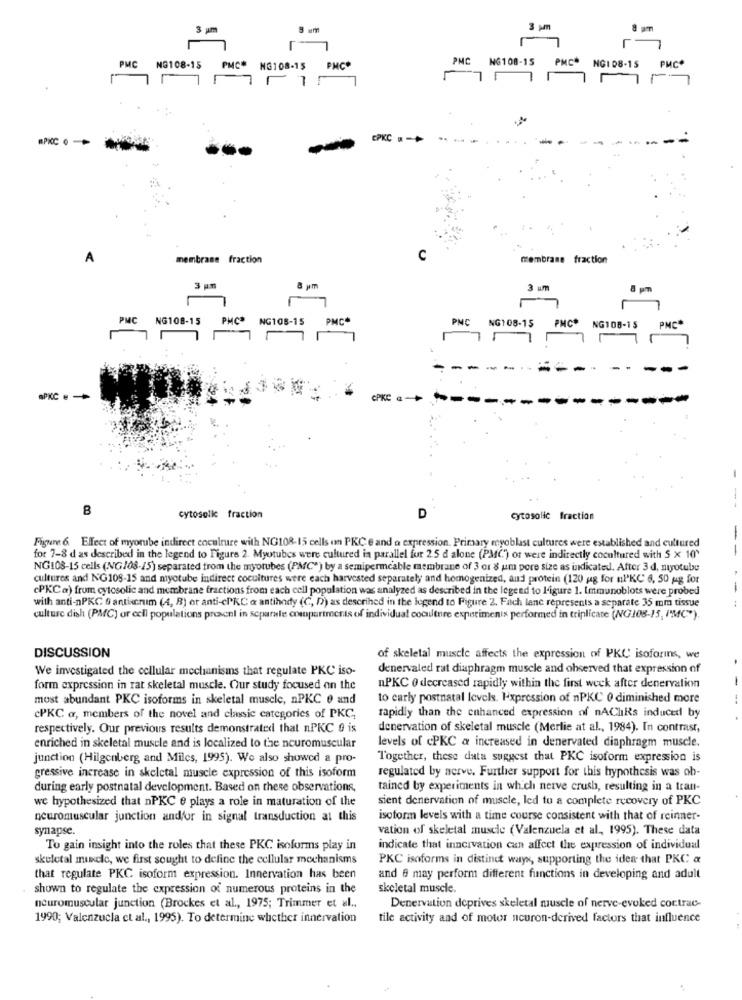
8 um
8 pm
3 pm
r
PMC NG108-15
PMC* NG108-15
PMC*
PMC NG108-15 PMC" NG108-15 PMC*
111111
--
A
membrane fraction
C
membrane fraction
3 pm
3 um
8 pm
PMC NG108-15
PMC" NG108-15
PMC*
PNC
NG108-15
PMC*
NG108-15
PNC
CPKC a-
B
cytosolle fraction
D
cytosolic fraction
Figure 6 Effect of myorube indirect coculture with NG108-15 cells un PKC e and a expression. Primary meyoblast cultures were established and cultured
--
for 7-8 d as described in the legend to Figure 2. Myotubes were cultured in parallel for 2.5 d alone (PMC) of were indirectly cocultured with 5 x 10'
NG108-15 cells (NG/08-15) separated from the myotubes (PMC") by a semipermeable membrane of 3 or 8 um pore size as indicated. After 3 d, miyutube
cultures and NG108-15 and myotube indirect cocuitures were each harvested separately and homogenized, aud protein (120 ug for nPKC 6, 50 ug for
cPKC a) from cytosolic and membrane fractions from each cell population was analyzed as described in the legend to l'igure 1. Immunoblots were probed
-
with anti-nPKC 6 antiscrum (4, 8) or anti-clKC a antihody (C, D) as described in the legend to Figure 2. Fach lanc represents a separate 35 mm tissue
culture dish (PMC) or cell populations present in separate compartments of individual coculture experimenis performed in triplicate (NG108-15, I'MC").
DISCUSSION
of skeletal muscle affects the expression of PKC isoforins, we
We investigated the cellular mechanisms that regulate PKC iso-
denervaled rat diaphragm muscle and observed that expression of
form expression in rat skeletal muscle. Our study focused on the
nPKC 0 decreased rapidly within the first week after denervation
most abundant PKC isoforms in skeletal muscle, nPKC e and
to carly postnatal levels. Iexpression of nPKC 0 diminished more
rapidly than the enhanced expression of nAChRs induced by
cPKC a, members of the novel and classic categories of PKC,
respectively. Our previous results demonstrated that nPKC 0 is
denervation of skeletal muscle (Merlie at al ., 1984). In contrast,
enriched in skeletal muscle and is localized to the neuromuscular
levels of cPKC & increased in denervated diaphragm muscle.
junction (Hilgenberg and Miles, 1995). We also showed a pro-
Together, these data suggest that PKC isoform expression is
regulated by nerve. Further support for this hypothesis was ob-
gressive increase in skeletal muscle expression of this isoform
during early postnatal development. Based on these observations,
tained by experiments in which nerve crush, resulting in a tran-
we hypothesized that nPKC e plays a role in maturation of the
sient denervation of muscle, led tu a complete recovery of PKC
neuromuscular junction and/or in signal transduction at this
isoform levels with a time course consistent with that of reinner-
synapse.
vation of skeletal muscle (Valenzuela et al ., 1995). These data
To gain insight into the roles that these PKC isoforms play in
indicate that innervation can affect the expression of individual
skeletal muele, we first sought to define the cellular mechanisms
PKC isoforms in distinct wayx, supporting the idea that PKC &
that regulate PKC isoform expression. Innervation has been
and 6 may perform different functions in developing and adult
shown to regulate the expression of numerous proteins in the
skeletal muscle.
neuromuscular junction (Brockes et al ., 1975; Trimmer et al .,
Denervation deprives skeletal muscle of nerve-evoked contrac-
1990; Valenzuela et al ., 1995). To determine whether innervation
tile activity and of motor neuron-derived factors that influence